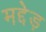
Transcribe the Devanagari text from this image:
मद्देड़